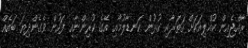
ރާއްޖެއިން ކުއްލިއަކަށް ޤަތަރާއި ގުޅުން ކަނޑާލުމާއި އޭގެ ކުރިންނާއި ފަހުން ވެގެންދިޔަ ބައެއް